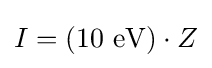
I=(10~\mathrm {eV} )\cdot Z